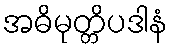
အဓိမုတ္တိပဒါနံ